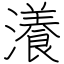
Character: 瀁